Report of the Indian Hemp Drugs Commission, 1894-1895 - Volume V
Year: 1894
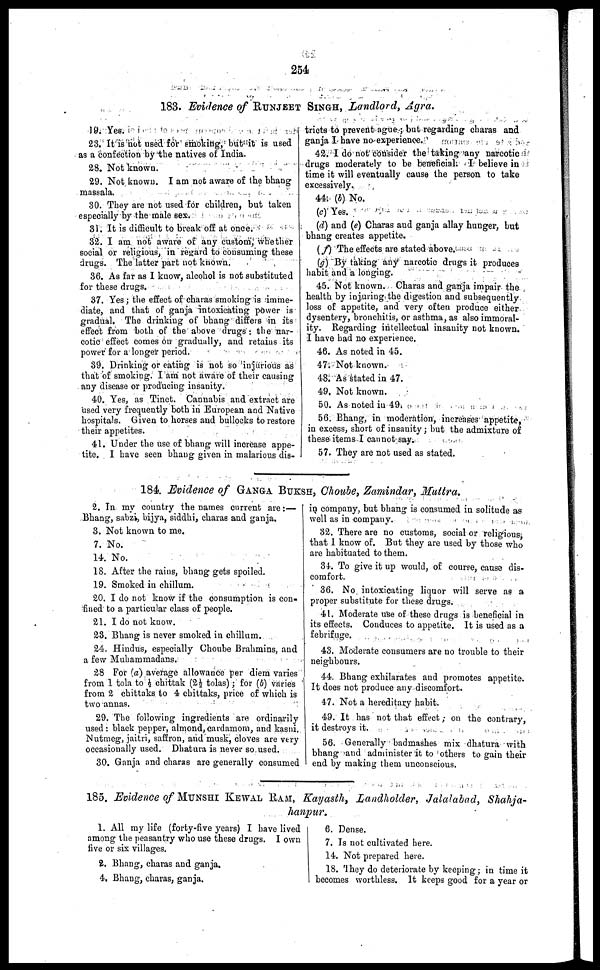
254
183. Evidence of RUNJEET SINGH, Landlord, Agra.
19. Yes.
23. It is not used for smoking, but it is used
as a confection by the natives of India.
28. Not known.
29. Not known. I am not aware of the bhang
massala.
30. They are not used for children, but taken
especially by the male sex.
31. It is difficult to break off at once.
32. I am not aware of any custom,+ whether
social or religious, in regard to consuming these
drugs. The latter part not known.
36. As far as I know, alcohol is not substituted
for these drugs.
37. Yes ; the effect of charas smoking is imme-
diate, and that of ganja intoxicating power is
gradual. The drinking of bhang differs in its
effect from both of the above drugs : the nar-
cotic effect comes on gradually, and retains its
power for a longer period.
39. Drinking or eating is not so injurious as
that of smoking. I am not aware of their causing
any disease or producing insanity.
40. Yes, as Tinct. Cannabis and extract are
used very frequently both in European and Native
hospitals. Given to horses and bullocks to restore
their appetites.
41. Under the use of bhang will increase appe-
tite. I have seen bhang given in malarious dis-
tricts to prevent ague ; but regarding charas and
ganja I have no experience.
42. I do not consider the taking any narcotic
drugs moderately to be beneficial. I believe in
time it will eventually cause the person to take
excessively.
44. (b) No.
(c) Yes.
(d) and (e) Charas and ganja allay hunger, but
bhang creates appetite.
(f) The effects are stated above.
(g) By taking any narcotic drugs it produces
habit and a longing.
45. Not known. Charas and ganja impair the
health by injuring the digestion and subsequently
loss of appetite, and very often produce either
dysentery, bronchitis, or asthma, as also immoral-
ity. Regarding intellectual insanity not known.
I have had no experience.
46. As noted in 45.
47. Not known.
48. As stated in 47.
49. Not known.
50. As noted in 49.
56. Bhang, in moderation, increases appetite,
in excess, short of insanity ; hut the admixture of
these items I cannot say.
57. They are not used as stated.
184. Evidence of GANGA BUKSH, Choube, Zamindar, Muttra.
2. In my country the names current are :—
Bhang, sabzi, bijya, siddhi, charas and ganja.
3. Not known to me.
7. No.
14. No.
18. After the rains, bhang gets spoiled.
19. Smoked in chillum.
20. I do not know if the consumption is con-
fined to a particular class of people.
21. I do not know.
23. Bhang is never smoked in chillum.
24. Hindus, especially Choube Brahmins, and
a few Muhammadans.
28 For (a) average allowance per diem varies
from 1 tola to ½ chittak (2½ tolas) ; for (5) varies
from 2 chittaks to 4 chittaks, price of which is
two annas.
29. The following ingredients are ordinarily
used : black pepper, almond, cardamom, and kasni.
Nutmeg, jaitri, saffron, and musk, cloves are very
occasionally used. Dhatura is never so used.
30. Ganja and charas are generally consumed
in company, but bhang is consumed in solitude as
well as in company.
32. There are no customs, social or religious,
that 1 know of. But they are used by those who
are habituated to them.
34. To give it up would, of course, cause dis-
comfort.
36. No intoxicating liquor will serve as a
proper substitute for these drugs.
41. Moderate use of these drugs is beneficial in
its effects. Conduces to appetite. It is used as a
febrifuge.
43. Moderate consumers are no trouble to their
neighbours.
44. Bhang exhilarates and promotes appetite.
It does not produce any discomfort.
47. Not a hereditary habit.
49. It has not that effect ; on the contrary,
it destroys it.
56. Generally badmashes mix dhatura with
bhang and administer it to others to gain their
end by making them unconscious.
185. Evidence of MUNSHI KEWAL RAM, Kayasth, Landholder, Jalalabad, Shahja-
hanpur.
1. All my life (forty-five years) I have lived
among the peasantry who use these drugs. I own
live or six villages.
2. Bhang, charas and ganja.
4. Bhang, charas, ganja.
6. Dense.
7. Is not cultivated here.
14. Not prepared here.
18. They do deteriorate by keeping ; in time it
becomes worthless. It keeps good for a year or